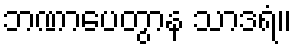
ဘဏာပေတွာန သာဒရံ။